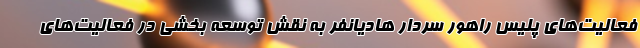
فعالیت‌های پلیس راهور سردار هادیانفر به نقش توسعه بخشی در فعالیت‌های